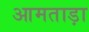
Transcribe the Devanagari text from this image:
आमताड़ा